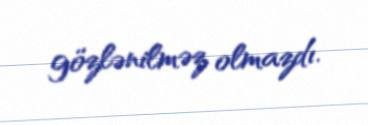
gözlənilməz olmazdı.